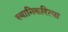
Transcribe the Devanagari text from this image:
स्थानिकरित्या